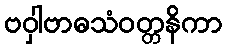
ဗဝှါဗာဓသံဝတ္တနိကာ